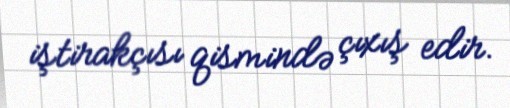
iştirakçısı qismində çıxış edir.